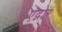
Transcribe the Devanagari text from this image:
एद्गार